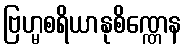
ဗြဟ္မစရိယာနုစိဏ္ဏေန